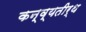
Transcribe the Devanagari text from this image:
कन्व्यतीर्थ